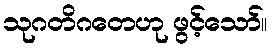
သုဂတိဂတေဟု ဖွင့်သော်။